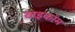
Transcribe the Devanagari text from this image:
वाइकॉम